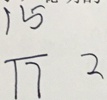
\frac { 1 5 } { 1 7 } 2